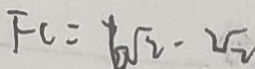
F C = 6 \sqrt { 2 } \cdot 2 \sqrt { 2 }